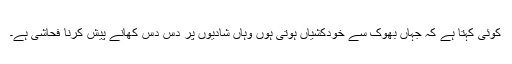
کوئی کہتا ہے کہ جہاں بھوک سے خودکشیاں ہوتی ہوں وہاں شادیوں پر دس دس کھانے پیش کرنا فحاشی ہے۔